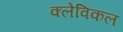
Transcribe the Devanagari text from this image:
क्लेविकल